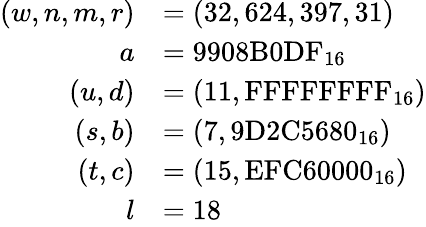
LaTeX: {\begin{array}{rl}{(w,n,m,r)}&{=(32,624,397,31)}\\ {a}&{={\textrm{9908B0DF}}_{16}}\\ {(u,d)}&{=(11,{\textrm{FFFFFFFF}}_{16})}\\ {(s,b)}&{=(7,{\textrm{9D2C5680}}_{16})}\\ {(t,c)}&{=(15,{\textrm{EFC60000}}_{16})}\\ {l}&{=18}\end{array}}